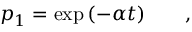
p _ { 1 } = \exp { ( - \alpha t ) } \qquad ,